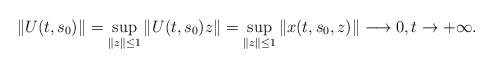
LaTeX: \begin{align*}\|U(t,s_0)\|=\sup_{\|z\|\leq1}\|U(t,s_0)z\|=\sup_{\|z\|\leq1}\|x(t,s_0,z)\|\longrightarrow0, t\to+\infty.\end{align*}